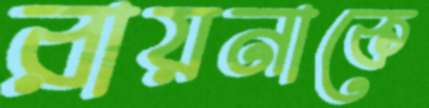
রায়নাকে